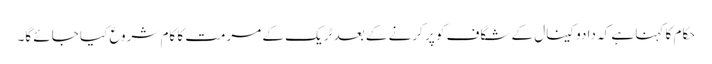
حکام کا کہنا ہے کہ دادو کینال کے شگاف کو پر کرنے کے بعد ٹریک کے مرمت کا کام شروع کیا جائے گا۔